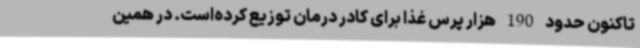
تاکنون حدود 190 هزار پرس غذا برای کادر درمان توزیع کرده‌است. در همین